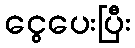
ငွေပေးပြီး